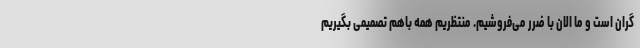
گران است و ما الان با ضرر می‌فروشیم. منتظریم همه باهم تصمیمی بگیریم